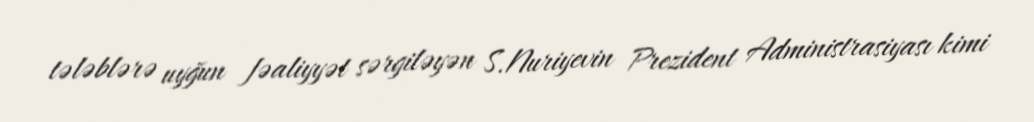
tələblərə uyğun fəaliyyət sərgiləyən S.Nuriyevin Prezident Administrasiyası kimi